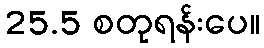
25.5 စတုရန်းပေ။